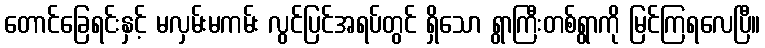
တောင်ခြေရင်းနှင့် မလှမ်းမကမ်း လွင်ပြင်အရပ်တွင် ရှိသော ရွာကြီးတစ်ရွာကို မြင်ကြရလေပြီ။